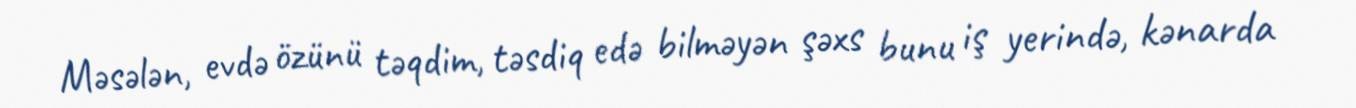
Məsələn, evdə özünü təqdim, təsdiq edə bilməyən şəxs bunu iş yerində, kənarda